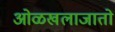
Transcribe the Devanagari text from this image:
ओळखलाजातो